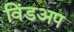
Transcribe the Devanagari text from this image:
विंडअप